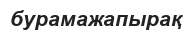
бурамажапырақ